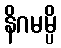
နိဂမမ္ပိ